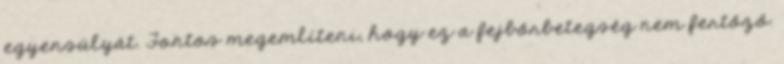
egyensúlyát. Fontos megemlíteni, hogy ez a fejbőrbetegség nem fertőző.